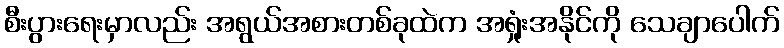
စီးပွားရေးမှာလည်း အရွယ်အစားတစ်ခုထဲက အရှုံးအနိုင်ကို သေချာပေါက်